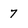
Character: 7